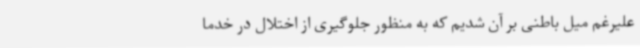
علیرغم میل باطنی بر آن شدیم که به منظور جلوگیری از اختلال در خدما